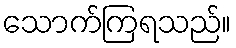
သောက်ကြရသည်။